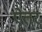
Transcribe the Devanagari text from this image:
ऐतर